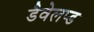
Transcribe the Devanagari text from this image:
डैवेलप्ड